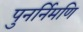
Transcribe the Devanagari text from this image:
पुनर्निमणि